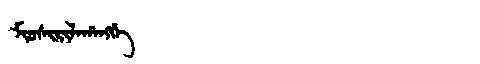
Manchu: ᠮᡳᠣᠰᡳᡵᡳᠯᠠᡥᠠᠩᡤᡝ
Romanization: MIOSIRILAHANGGE